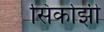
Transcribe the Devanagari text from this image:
सिर्काझी